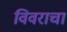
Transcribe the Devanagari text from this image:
विवराचा